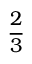
\frac { 2 } { 3 }